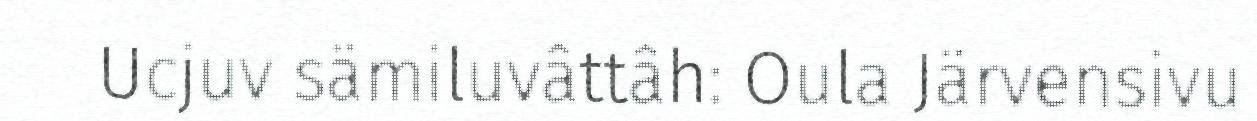
Ucjuv sämiluvâttâh: Oula Järvensivu